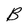
Character: B